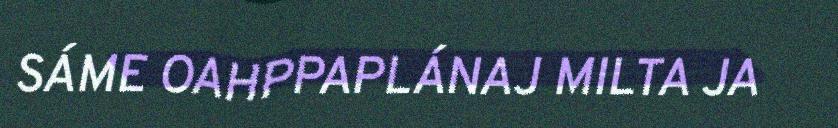
SÁME OAHPPAPLÁNAJ MILTA JA